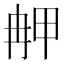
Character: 𤱣